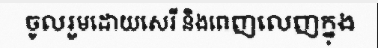
ចូលរួមដោយសេរី និងពេញលេញក្នុង